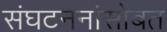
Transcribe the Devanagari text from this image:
संघटननांसोबत